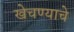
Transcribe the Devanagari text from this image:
खेचण्याचे